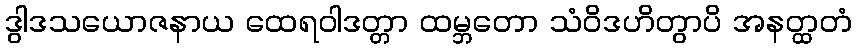
ဒွါဒသယောဇနာယ ထေရဝါဒတ္တာ ထမ္ဘတော သံဝိဒဟိတွာပိ အနတ္ထတံ